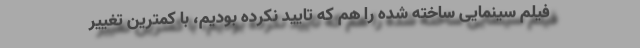
فیلم سینمایی ساخته شده را هم که تایید نکرده بودیم، با کمترین تغییر